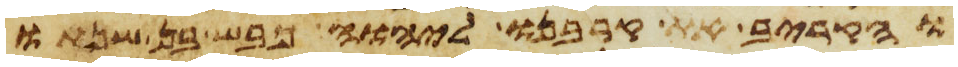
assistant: והקריב את קרבנו ליהוה כבש בן שנתו